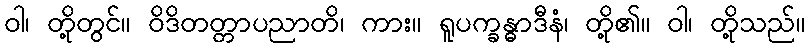
ဝါ၊ တို့တွင်။ ဝိဒိတတ္တာပညာတိ၊ ကား။ ရူပက္ခန္ဓာဒီနံ၊ တို့၏။ ဝါ၊ တို့သည်။